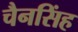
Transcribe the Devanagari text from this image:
चैनसिंह